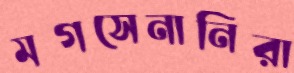
মগসেনানিরা